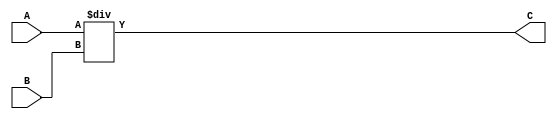

module Divider
#
(
	parameter NBits=32
)
(
	input [NBits-1:0] A,
	input [NBits-1:0] B,
	
	output [NBits-1:0] C
);

assign C = A / B;


endmodule